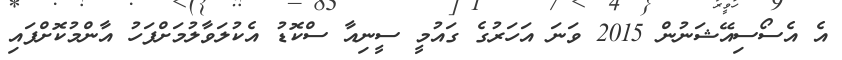
އެ އެސޯސިއޭޝަނުން 2015 ވަނަ އަހަރުގެ ގައުމީ ސީނިއާ ސްކޮޑު އެކުލަވާލުމަށްފަހު އާންމުކޮށްފައި